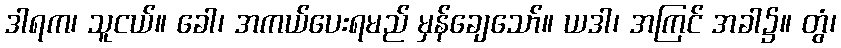
ဒါရက၊ သူငယ်။ ခေါ၊ အကယ်ပေးရမည် မှန်ချေသော်။ ယဒါ၊ အကြင် အခါ၌။ တွံ၊